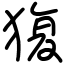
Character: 𤟱